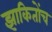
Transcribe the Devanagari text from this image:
झाकितोंच